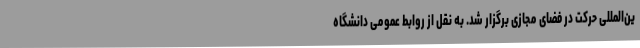
ین‌المللی حرکت در فضای مجازی برگزار شد. به نقل از روابط عمومی دانشگاه